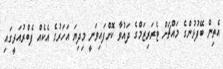
އެތިން ބޭފުޅުންގެ މައްޗަށް ޓެރަރިޒަމްގެ ދައުވާ ކޮށްފައިވަނީ މިދިޔަ އަހަރުގެ އެކެއް ފެބްރުއަރީގައި